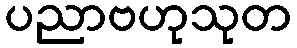
ပညာဗဟုသုတ